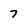
Character: 7